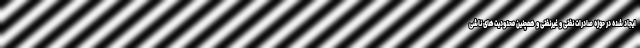
ایجاد شده در حوزه صادرات نفتی و غیرنفتی و همچنین محدودیت‌های ناشی